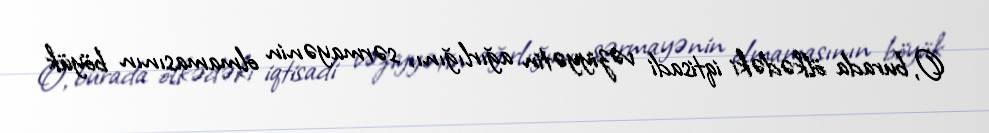
O, burada ölkədəki iqtisadi vəziyyətin ağırlığını, sərmayənin olmamasının böyük